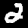
Label: 2